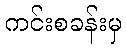
ကင်းစခန်းမှ